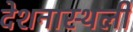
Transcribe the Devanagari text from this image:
देशनास्थली